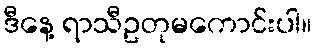
ဒီနေ့ ရာသီဥတုမကောင်းပါ။